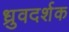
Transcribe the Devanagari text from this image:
ध्रुवदर्शक